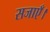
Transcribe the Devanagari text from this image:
सजाएँ।